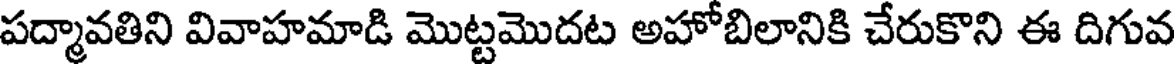
పద్మావతిని వివాహమాడి మొట్టమొదట అహోబిలానికి చేరుకొని ఈ దిగువ